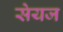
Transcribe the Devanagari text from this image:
सेयज